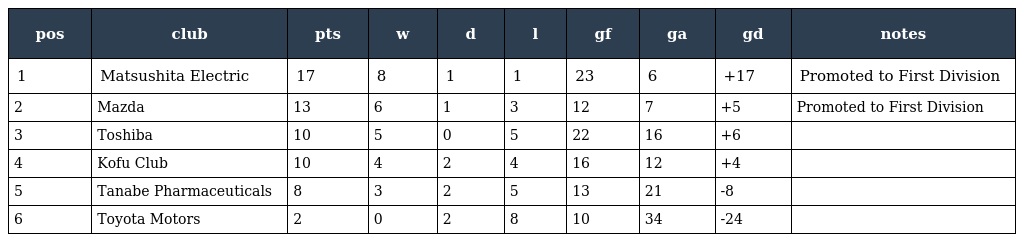
| pos | club | pts | w | d | l | gf | ga | gd | notes |
 | --- | --- | --- | --- | --- | --- | --- | --- | --- | --- |
 | 1 | Matsushita Electric | 17 | 8 | 1 | 1 | 23 | 6 | +17 | Promoted to First Division |
 | 2 | Mazda | 13 | 6 | 1 | 3 | 12 | 7 | +5 | Promoted to First Division |
 | 3 | Toshiba | 10 | 5 | 0 | 5 | 22 | 16 | +6 |  |
 | 4 | Kofu Club | 10 | 4 | 2 | 4 | 16 | 12 | +4 |  |
 | 5 | Tanabe Pharmaceuticals | 8 | 3 | 2 | 5 | 13 | 21 | -8 |  |
 | 6 | Toyota Motors | 2 | 0 | 2 | 8 | 10 | 34 | -24 |  |